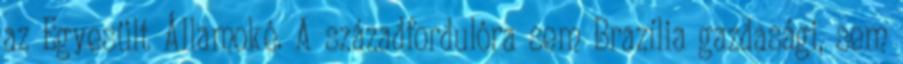
az Egyesült Államoké. A századfordulóra sem Brazília gazdasági, sem